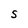
Character: S